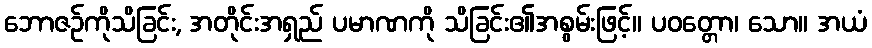
ဘောဇဉ်ကိုသိခြင်း, အတိုင်းအရှည် ပမာဏကို သိခြင်း၏အစွမ်းဖြင့်။ ပဝတ္တော၊ သော။ အယံ